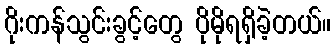
ဂိုးကန်သွင်းခွင့်တွေ ပိုမိုရရှိခဲ့တယ်။